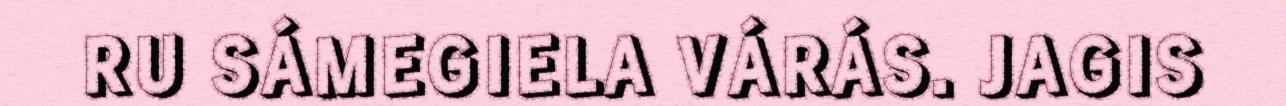
RU SÁMEGIELA VÁRÁS. JAGIS